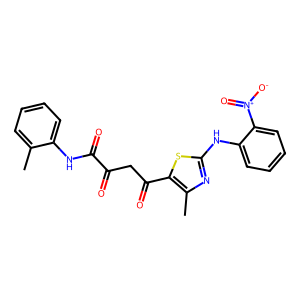
SMILES: Cc1ccccc1NC(=O)C(=O)CC(=O)c1sc(Nc2ccccc2[N+](=O)[O-])nc1C
Inhibits HIV replication: No